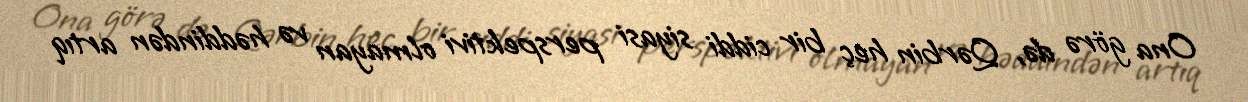
Ona görə də, Qərbin heç bir ciddi siyasi perspektivi olmayan və həddindən artıq